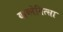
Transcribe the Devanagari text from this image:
याब्लेनित्सा